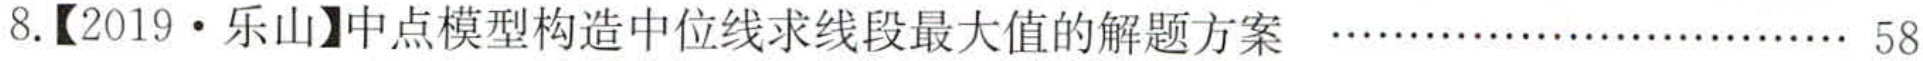
8.【2019·乐山】中点模型构造中位线求线段最大值的解题方案  …… 58